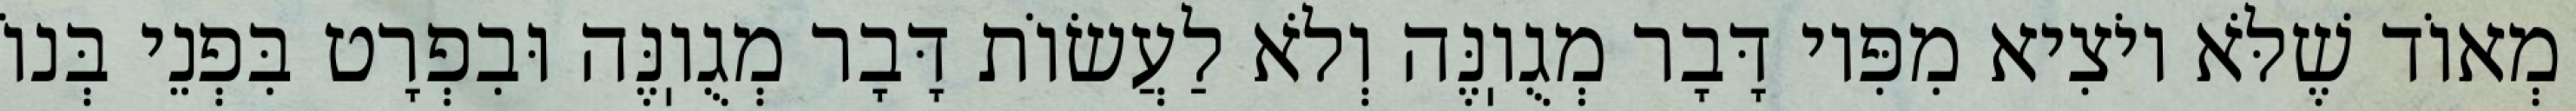
מְאוֹד שֶׁלֹּא יוֹצִיא מִפִּיו דָּבָר מְגֻוֽנֶּה וְלֹא לַעֲשׂוֹת דָּבָר מְגֻוֽנֶּה וּבִפְרָט בִּפְנֵי בְּנוֹ